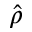
\hat { \rho }